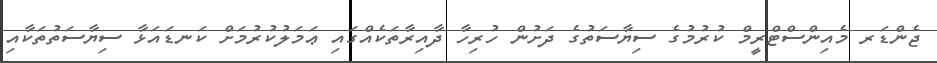
ޖެންޑަރ މެއިންސްޓްރީމް ކުރުމުގެ ސިޔާސަތުގެ ދަށުން ހުރިހާ ދާއިރާތަކެއްގައި ޢަމަލުކުރުމަށް ކަނޑައަޅާ ސިޔާސަތުތަކާއި